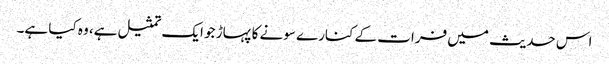
اس حدیث میں فرات کے کنارے سونے کا پہاڑ جو ایک تمثیل ہے، وہ کیا ہے۔